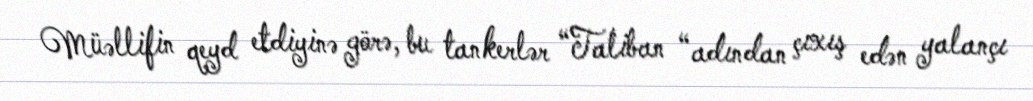
Müəllifin qeyd etdiyinə görə, bu tankerlər “Taliban “adından çıxış edən yalançı